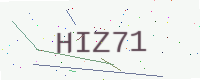
Text: HIZ71